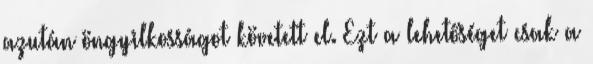
azután öngyilkosságot követett el. Ezt a lehetőséget csak a